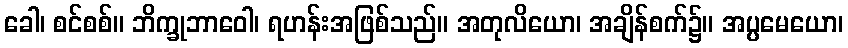
ခေါ၊ စင်စစ်။ ဘိက္ခုဘာဝေါ၊ ရဟန်းအဖြစ်သည်။ အတုလိယော၊ အချိန်စက်၌။ အပ္ပမေယော၊